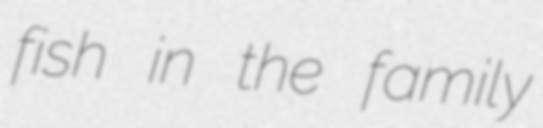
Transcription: fish in the family